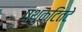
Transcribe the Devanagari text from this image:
पृथुकटितटे